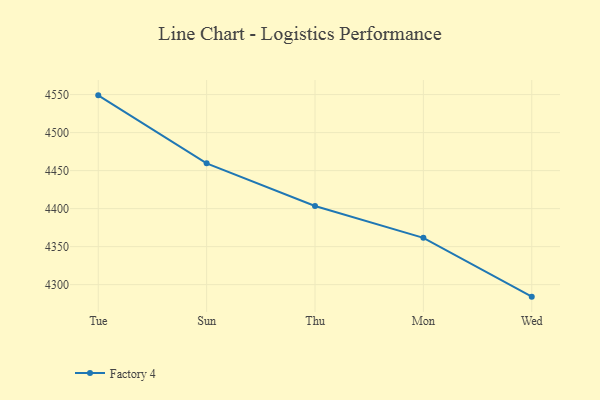
{"axis": {"x": "Day", "y": "LTV (USD)"}, "legend": ["Factory 4"], "data": [{"x": "Tue", "y": 4549.0, "type": "Factory 4"}, {"x": "Sun", "y": 4459.6, "type": "Factory 4"}, {"x": "Thu", "y": 4403.5, "type": "Factory 4"}, {"x": "Mon", "y": 4361.6, "type": "Factory 4"}, {"x": "Wed", "y": 4284.2, "type": "Factory 4"}]}